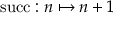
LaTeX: \mathrm { s u c c } : n \mapsto n + 1